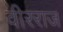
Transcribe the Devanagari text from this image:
वीरराज